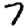
Digit: 7